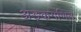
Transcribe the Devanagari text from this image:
अङ्कगणित